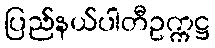
ပြည်နယ်ပါတီဥက္ကဋ္ဌ